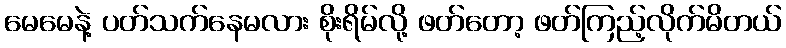
မေမေနဲ့ ပတ်သက်နေမလား စိုးရိမ်လို့ ဖတ်တော့ ဖတ်ကြည့်လိုက်မိတယ်